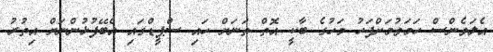
އެލަވެންސް ހަމަވުމަށްފަހު މަހުގެ ބާކީ އޮތް ތަނަށް ހައި ސްޕީޑްގައި އެބޭފުޅުންނަށް އިތުރު